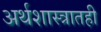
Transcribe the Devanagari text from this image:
अर्थशास्त्रातही